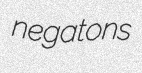
negatons